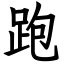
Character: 跑